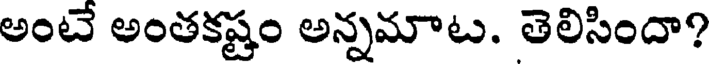
అంటే అంతకష్టం అన్నమాట. తెలిసిందా?